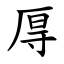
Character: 㕌